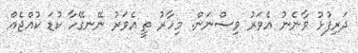
ދަރިފުޅު ވާނެނު އެވަރު ވިސްނަން. މިހާރު ތީ އެވަރު ނޭނގޭހާ ކުޑަ ކުއްޖެއް